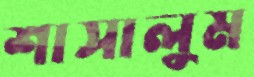
শাসালুম